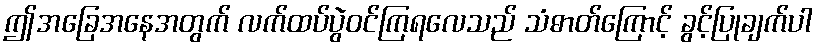
ဤအခြေအနေအတွက် လက်ထပ်ပွဲဝင်ကြရလေသည် သံဓာတ်ကြောင့် ခွင့်ပြုချက်ပါ